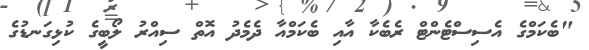
"ބެކަމްގެ އެސިސްޓެންޓް ރެބެކާ އާއި ބެކަމްއާ ދެމެދު އޮތް ސިއްރު ލޯބީގެ ކުޅިގަނޑުގެ